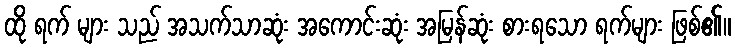
ထို ရက် များ သည် အသက်သာဆုံး အကောင်းဆုံး အမြန်ဆုံး စားရသော ရက်များ ဖြစ်၏။